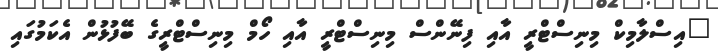
"އިސްލާމިކް މިނިސްޓްރީ އާއި ފިނޭންސް މިނިސްޓްރީ އާއި ހޯމް މިނިސްޓްރީގެ ބޭފުޅުން އެކަމުގައި